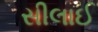
સીલાઈ